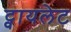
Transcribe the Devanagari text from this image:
ट्वायलेट